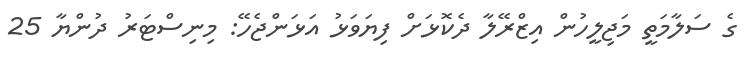
ގެ ސަލާމަތީ މަޖިލީހުން އިޒްރޭލާ ދެކޮޅަށް ފިޔަވަޅު އަޅަންޖެހޭ: މިނިސްޓަރު ދުންޔާ 25